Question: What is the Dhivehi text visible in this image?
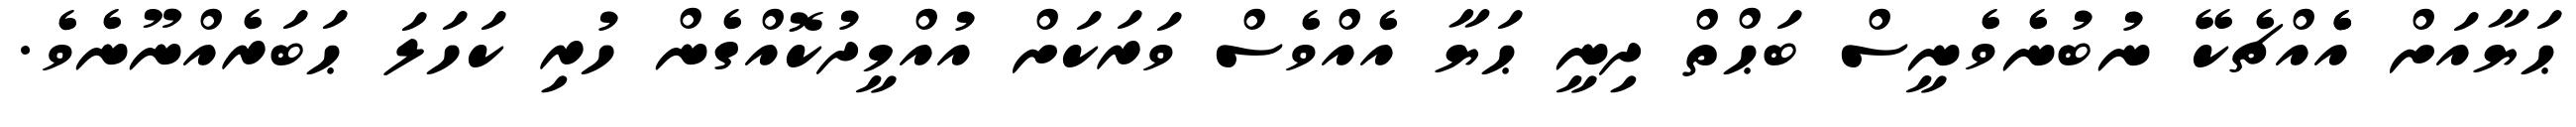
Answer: ޙަޔާއަށް އެެއްޗެކޭ ނުބުނެވެނީސް ބަޙްތް ދިނީ ޙަޔާ އެއްވެސް ވަރަކަށް އުއްމީދުކޮއްގެން ހުރި ކަހަލަ ޙަބަރެއްނޫނެވެ.